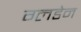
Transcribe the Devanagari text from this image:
ग्लडेन